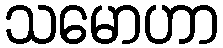
သမောဟာ